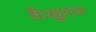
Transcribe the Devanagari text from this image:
कैखुशरु